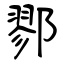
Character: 鄝